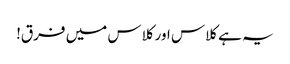
یہ ہے کلاس اور کلاس میں فرق!